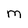
Character: m